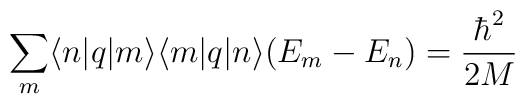
\sum_{m}\langle n|q|m\rangle \langle m|q|n\rangle (E_{m} - E_{n}) = \frac{\hbar^{2}}{2M}